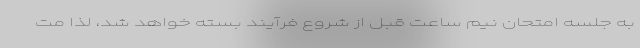
به جلسه امتحان نیم­ ساعت قبل از شروع فرآیند بسته خواهد شد، لذا مت